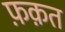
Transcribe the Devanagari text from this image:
फ़क़त